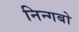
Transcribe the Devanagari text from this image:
निन्गबो